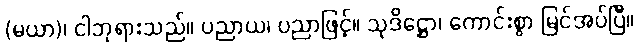
(မယာ)၊ ငါဘုရားသည်။ ပညာယ၊ ပညာဖြင့်။ သုဒိဋ္ဌော၊ ကောင်းစွာ မြင်အပ်ပြီ။